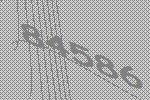
84586